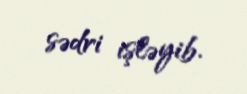
sədri işləyib.